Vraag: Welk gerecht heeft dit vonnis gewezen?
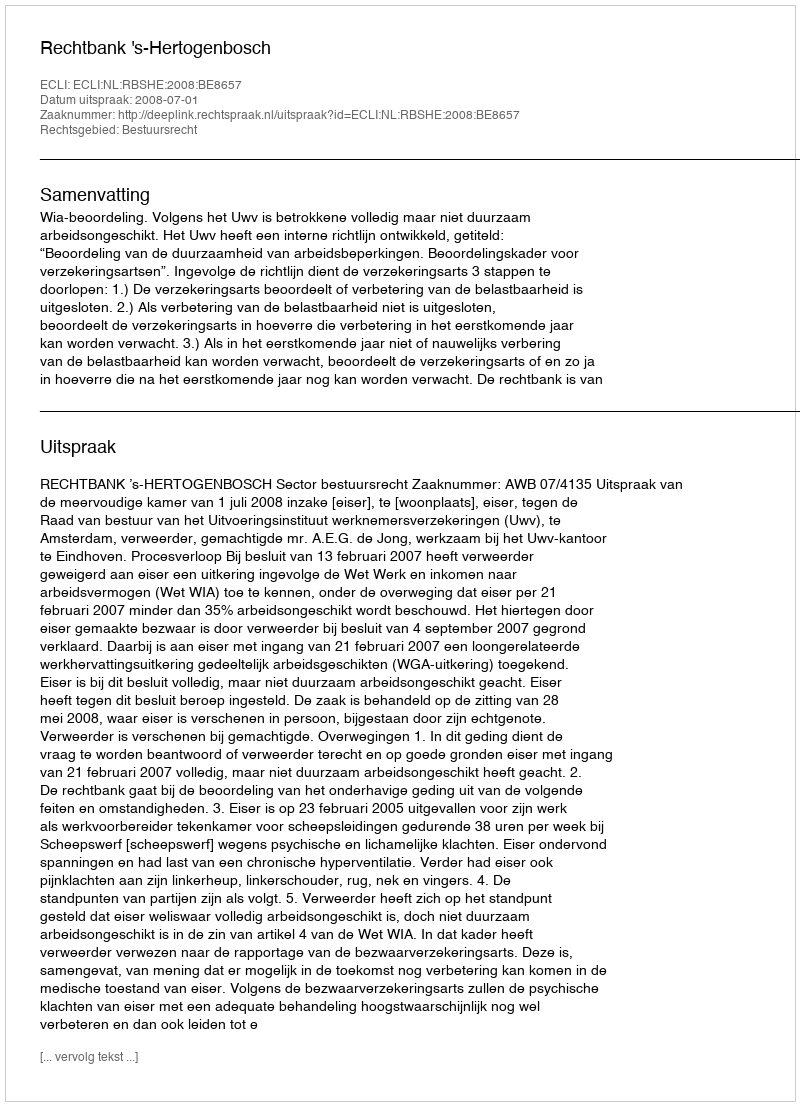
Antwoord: Rechtbank 's-Hertogenbosch